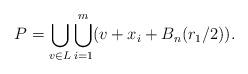
LaTeX: \begin{align*}P = \bigcup_{v \in L} \bigcup_{i=1}^m (v + x_i + B_n(r_1/2)).\end{align*}